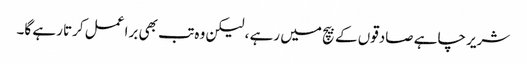
شریر چاہے صادقوں کے بیچ میں رہے ، لیکن وہ تب بھی برا عمل کرتا رہے گا۔